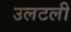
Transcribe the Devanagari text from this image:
उलटली